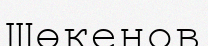
Шөкенов